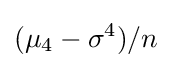
(\mu _{4}-\sigma ^{4})/n